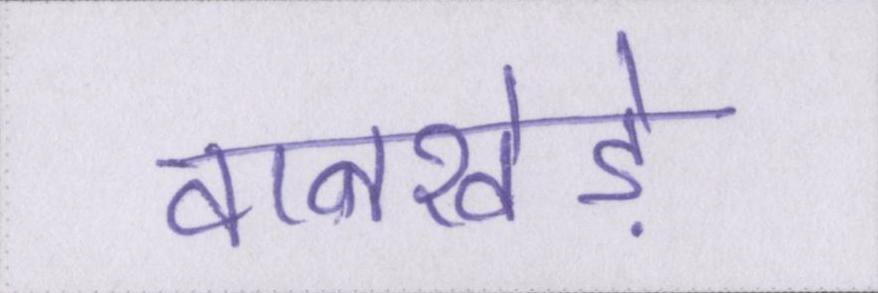
वानखेड़े